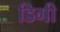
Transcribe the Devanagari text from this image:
डिगी